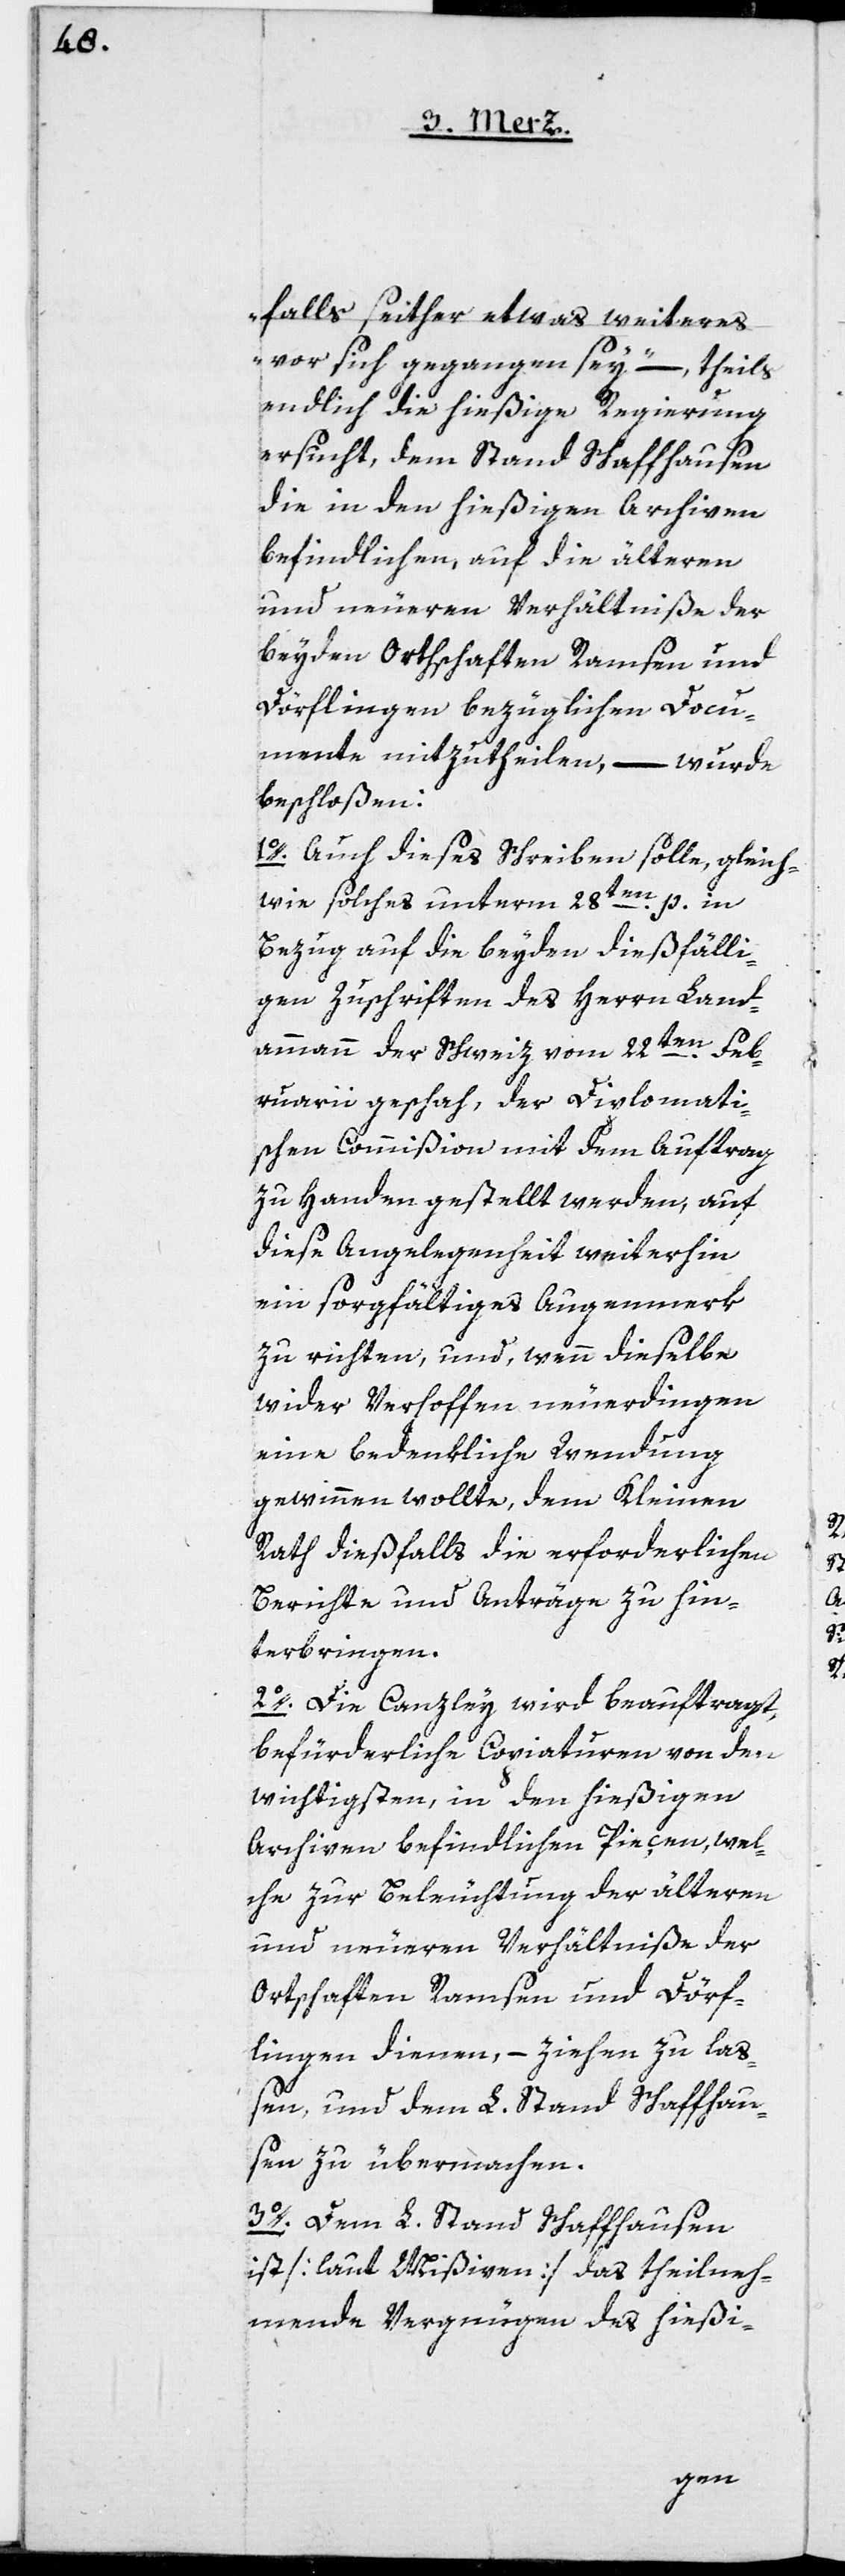
falls seither etwas weiteres
vor sich gegangen sey“ – theils
endlich die hießige Regierung
ersucht, dem Stand Schaffhausen
die in den hießigen Archiven
befindlichen, auf die älteren
und neueren Verhältniße der
beyden Ortschaften Ramsen und
Dörflingen bezüglichen Docu¬
mente mitzutheilen, – wurde
beschloßen:
1o. Auch dieses Schreiben solle, gleich¬
wie solches unterm 28ten p. in
Bezug auf die beyden dießfälli¬
gen Zuschriften des Herrn Land¬
ammann der Schweiz vom 22ten Feb¬
ruarii geschah, der Diplomati¬
schen Commißion mit dem Auftrag
zu Handen gestellt werden, auf
diese Angelegenheit weiterhin
ein sorgfältiges Augenmerk
zu richten, und, wenn dieselbe
wider Verhoffen neuerdingen
eine bedenkliche Wendung
gewinnen wollte, dem Kleinen
Rath dießfalls die erforderlichen
Berichte und Anträge zu hin¬
terbringen.
2o. Die Canzley wird beauftragt,
befürderliche Copiaturen von den
wichtigsten, in den hießigen
Archiven befindlichen Pieçen, wel¬
che zur Beleuchtung der älteren
und neueren Verhältniße der
Ortschaften Ramsen und Dörf¬
lingen dienen, – ziehen zu laß¬
en, und dem L. Stand Schaffhau¬
sen zu übermachen.
3o. Dem L. Stand Schaffhausen
ist[laut Mißiven] das theilneh¬
mende Vergnügen des hießi-